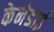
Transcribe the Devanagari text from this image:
केनेडाई